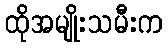
ထိုအမျိုးသမီးက